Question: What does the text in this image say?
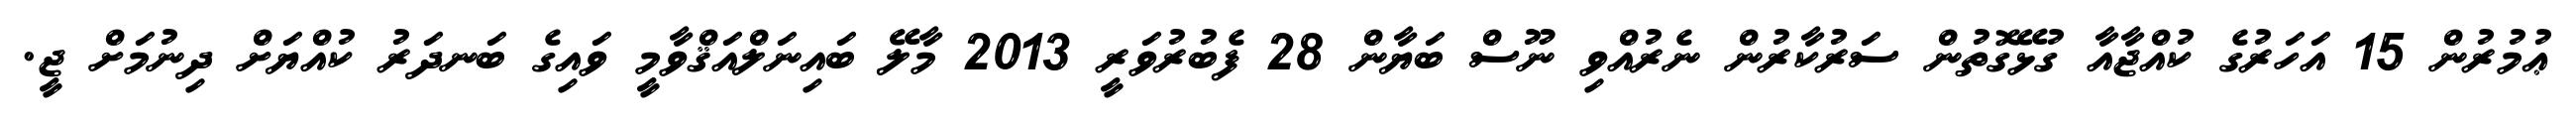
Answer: ޢުމުރުން 15 އަހަރުގެ ކުއްޖާއާ ގުޅޭގޮތުން ސަރުކާރުން ނެރުއްވި ނޫސް ބަޔާން 28 ފެބުރުވަރީ 2013 މާލޭ ބައިނަލްއަޤްވާމީ ވައިގެ ބަނދަރު ކުއްޔަށް ދިނުމަށް ޖީ.